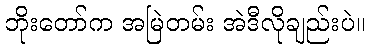
ဘိုးတော်က အမြဲတမ်း အဲဒီလိုချည်းပဲ။